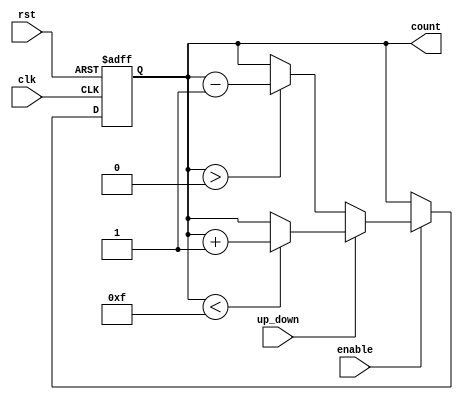
module UpDownCounter (
    input wire clk,          // Clock signal
    input wire rst,          // Reset signal (active high)
    input wire up_down,      // Up/Down control signal (1 for up, 0 for down)
    input wire enable,       // Enable signal
    output reg [3:0] count   // 4-bit count output
);

    // Parameter for maximum count value
    parameter MAX_COUNT = 4'b1111; // Maximum 4-bit count (15)
    parameter MIN_COUNT = 4'b0000; // Minimum 4-bit count (0)

    // Asynchronous reset and counting logic
    always @(posedge clk or posedge rst) begin
        if (rst) begin
            count <= MIN_COUNT; // Reset count to 0
        end else if (enable) begin
            if (up_down) begin
                // Count up
                if (count < MAX_COUNT) begin
                    count <= count + 1'b1; // Increment counter
                end
            end else begin
                // Count down
                if (count > MIN_COUNT) begin
                    count <= count - 1'b1; // Decrement counter
                end
            end
        end
    end

endmodule